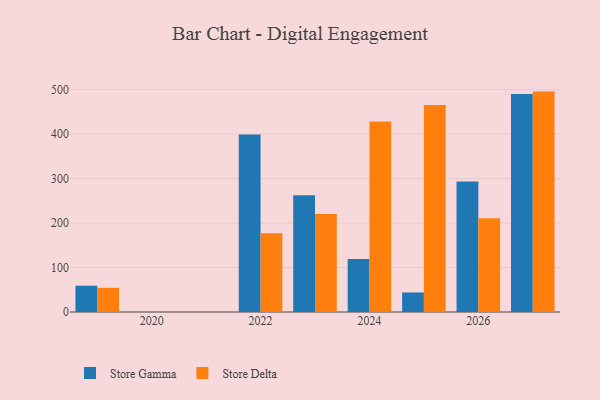
{"axis": {"x": "Year", "y": "Churn Rate (%)"}, "legend": ["Store Delta", "Store Gamma"], "data": [{"x": "2023", "y": 262.5, "type": "Store Gamma"}, {"x": "2023", "y": 220.2, "type": "Store Delta"}, {"x": "2019", "y": 59.1, "type": "Store Gamma"}, {"x": "2019", "y": 54.4, "type": "Store Delta"}, {"x": "2022", "y": 399.1, "type": "Store Gamma"}, {"x": "2022", "y": 176.8, "type": "Store Delta"}, {"x": "2025", "y": 44.0, "type": "Store Gamma"}, {"x": "2025", "y": 465.4, "type": "Store Delta"}, {"x": "2026", "y": 293.4, "type": "Store Gamma"}, {"x": "2026", "y": 210.9, "type": "Store Delta"}, {"x": "2024", "y": 119.3, "type": "Store Gamma"}, {"x": "2024", "y": 428.3, "type": "Store Delta"}, {"x": "2027", "y": 490.2, "type": "Store Gamma"}, {"x": "2027", "y": 495.6, "type": "Store Delta"}]}